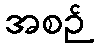
အစဉ်